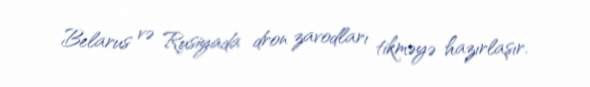
Belarus və Rusiyada dron zavodları tikməyə hazırlaşır.